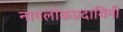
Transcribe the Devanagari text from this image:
नागलोकप्रदायिनी